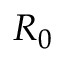
R _ { 0 }